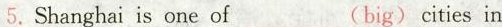
5. Shanghai is one of___(big) cities in